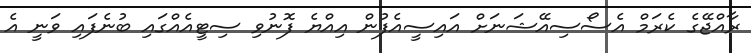
ރާއްޖޭގެ ކެރަމް އެސޯސިއޭޝަނަށް އައިސީއެފުން އިއްޔެ ފޮނުވި ސިޓީއެއްގައި ބުނެފައި ވަނީ އެ